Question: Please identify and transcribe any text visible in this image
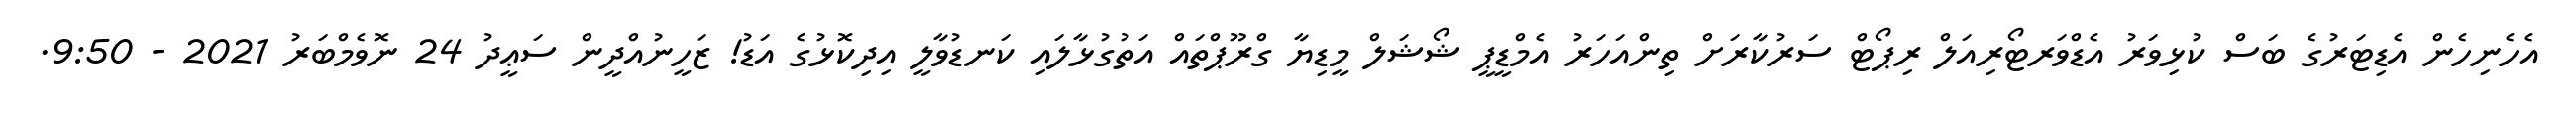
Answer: އެހެނިހެން އެޑިޓަރުގެ ބަސް ކުޅިވަރު އެޑްވަރޓޯރިއަލް ރިޕޯޓް ސަރުކާރަށް ތިންއަހަރު އެމްޑީޕީ ޝޯޝަލް މީޑިޔާ ގްރޫޕްތައް އަތުގުޅާލައި ކަނޑުވާލީ އިދިކޮޅުގެ އަޑު! ޒަހީނުއްދީން ސަޢީދު 24 ނޮވެމްބަރު 2021 - 9:50.